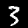
Digit: 3